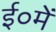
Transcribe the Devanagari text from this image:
ई०में